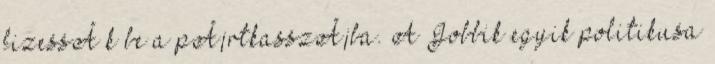
fizessÃ k be a pÃ¡rtkasszÃ¡ba. A Jobbik egyik politikusa